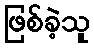
ဖြစ်ခဲ့သူ